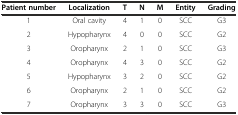
| Patient number | Localization | T | N | M | Entity | Grading |
 | --- | --- | --- | --- | --- | --- | --- |
 | 1 | Oral cavity | 4 | 1 | 0 | SCC | G3 |
 | 2 | Hypopharynx | 4 | 0 | 0 | SCC | G2 |
 | 3 | Oropharynx | 2 | 1 | 0 | SCC | G3 |
 | 4 | Oropharynx | 4 | 3 | 0 | SCC | G2 |
 | 5 | Hypopharynx | 3 | 2 | 0 | SCC | G2 |
 | 6 | Oropharynx | 2 | 1 | 0 | SCC | G2 |
 | 7 | Oropharynx | 3 | 3 | 0 | SCC | G3 |